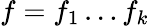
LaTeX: f=f_{1}\ldots f_{k}